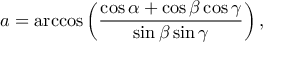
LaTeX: a = \operatorname { a r c c o s } \left( { \frac { \cos \alpha + \cos \beta \cos \gamma } { \sin \beta \sin \gamma } } \right) ,